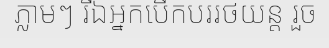
ភ្លាមៗ រីឯអ្នកបើកបររថយន្ត រួច